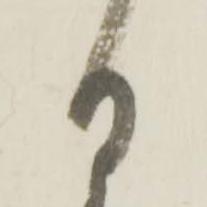
日